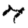
Digit: 7